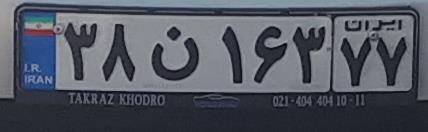
۳۸ن۱۶۳۷۷